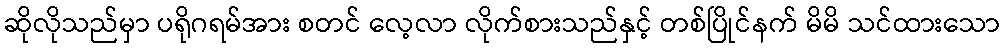
ဆိုလိုသည်မှာ ပရိုဂရမ်အား စတင် လေ့လာ လိုက်စားသည်နှင့် တစ်ပြိုင်နက် မိမိ သင်ထားသော